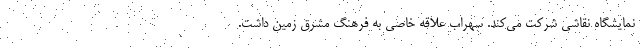
نمایشگاه نقاشی شرکت می‌کند. سهراب علاقه خاصی به فرهنگ مشرق زمین داشت.